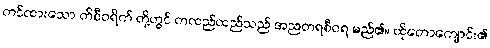
တင်ထားသော တိစီဝရိက် တို့တွင် တထည်ထည်သည် အညတရစီဝရ မည်၏။ ထိုတောကျောင်း၏